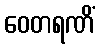
ဝေတရဏိံ